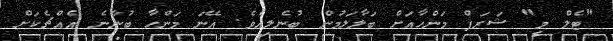
"ޓެލް މީ" ޝަރަފް މަންހާއަށް ބަލާލަމުން ބުނެލިއެވެ. އޭނަ މަންހާ ބުނާނެ އެއްޗެކަށް